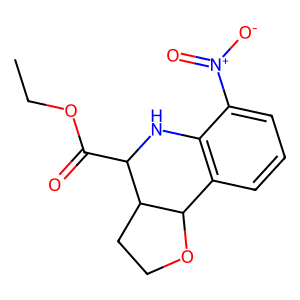
SMILES: CCOC(=O)C1Nc2c(cccc2[N+](=O)[O-])C2OCCC12
Inhibits HIV replication: No